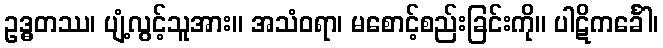
ဥဒ္ဓတဿ၊ ပျံ့လွင့်သူအား။ အသံဝရာ၊ မစောင့်စည်းခြင်းကို။ ပါဋိကင်္ခေါ၊